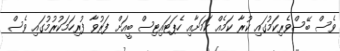
ވެސް ބޭސްވެރިކަމުގައި ކުރާ ކަމެއް ކަމަށާއި ހެޕަޓައިޓިސް ބީއަށް ފަރުވާ ފުރިހަމަކުރުމުގައި ވެސް